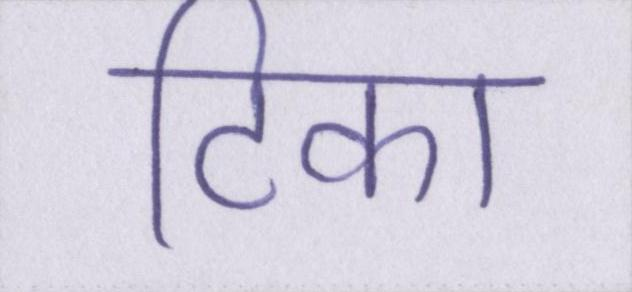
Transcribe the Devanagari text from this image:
टिका